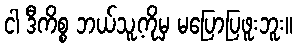
ငါ ဒီကိစ္စ ဘယ်သူ့ကိုမှ မပြောပြဖူးဘူး။